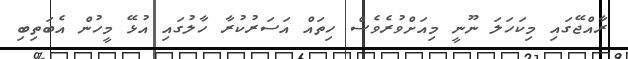
ރާއްޖޭގައި މިކަހަލަ ނޫނީ މިއަށްވުރެވެސް ހިތައް އަސަރުކުރާ ހާލުގައި އުޅޭ މީހުން އެބަތިބި